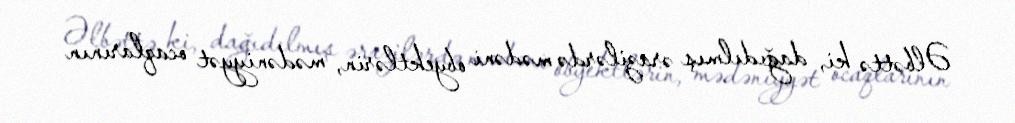
Əlbəttə ki, dağıdılmış ərazilərdə mədəni obyektlərin, mədəniyyət ocaqlarının